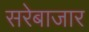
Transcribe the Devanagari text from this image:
सरेबाजार